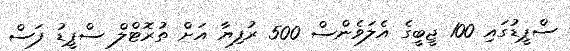
ސްޕީޑުގައި 100 ޖީބީގެ އެލަވެންސް 500 ރުފިޔާ އަށް ތުރޮޓްލް ސްޕީޑު ފަސް